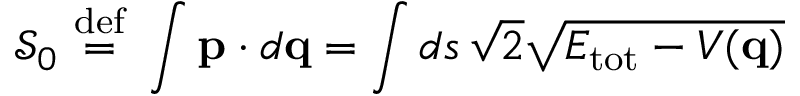
{ \mathcal { S } } _ { 0 } \ { \stackrel { \mathrm { d e f } } { = } } \ \int \mathbf { p } \cdot d \mathbf { q } = \int d s \, { \sqrt { 2 } } { \sqrt { E _ { \mathrm { t o t } } - V ( \mathbf { q } ) } }